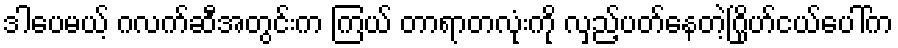
ဒါပေမယ့် ဂလက်ဆီအတွင်းက ကြယ် တာရာတလုံးကို လှည့်ပတ်နေတဲ့ဂြိုဟ်ငယ်ပေါ်က